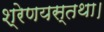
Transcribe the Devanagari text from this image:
श्रेणयस्तथा।